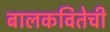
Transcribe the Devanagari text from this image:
बालकवितेची